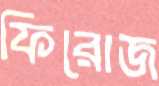
ফিরোজ